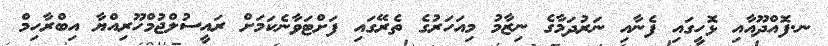
ނ.ފޮއްދޫއާއި ޅޮހީގައި ފެނާއި ނަރުދަމާގެ ނިޒާމު މިއަހަރުގެ ތެރޭގައި ފަށްޓަވާނެކަމަށް ރައީސުލްޖުމްހޫރިއްޔާ އިބްރާހިމް